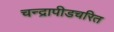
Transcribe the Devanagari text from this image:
चन्द्रापीडचरित